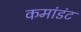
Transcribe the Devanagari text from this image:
कमांडंट